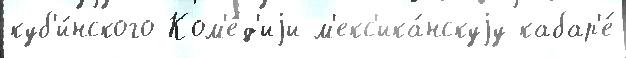
куб'и́нского Ком'е́д'иjи м'екс'ика́нскуjу кабар'е́